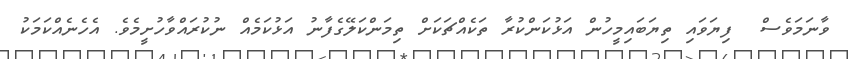
ވާނަމަވެސް  ފިޔަވައި ތިޔަބައިމީހުން އަޅުކަންކުރާ ތަކެއްޗަކަށް ތިމަންކަލޭގެފާނު އަޅުކަމެއް ނުކުރައްވާހުށީމެވެ. އެހެނެއްކަމަކު